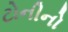
ટોનીનો